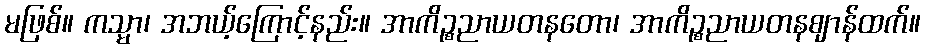
မဖြစ်။ ကသ္မာ၊ အဘယ့်ကြောင့်နည်း။ အာကိဉ္စညာယတနတော၊ အာကိဉ္စညာယတနဈာန်ထက်။